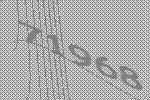
71968